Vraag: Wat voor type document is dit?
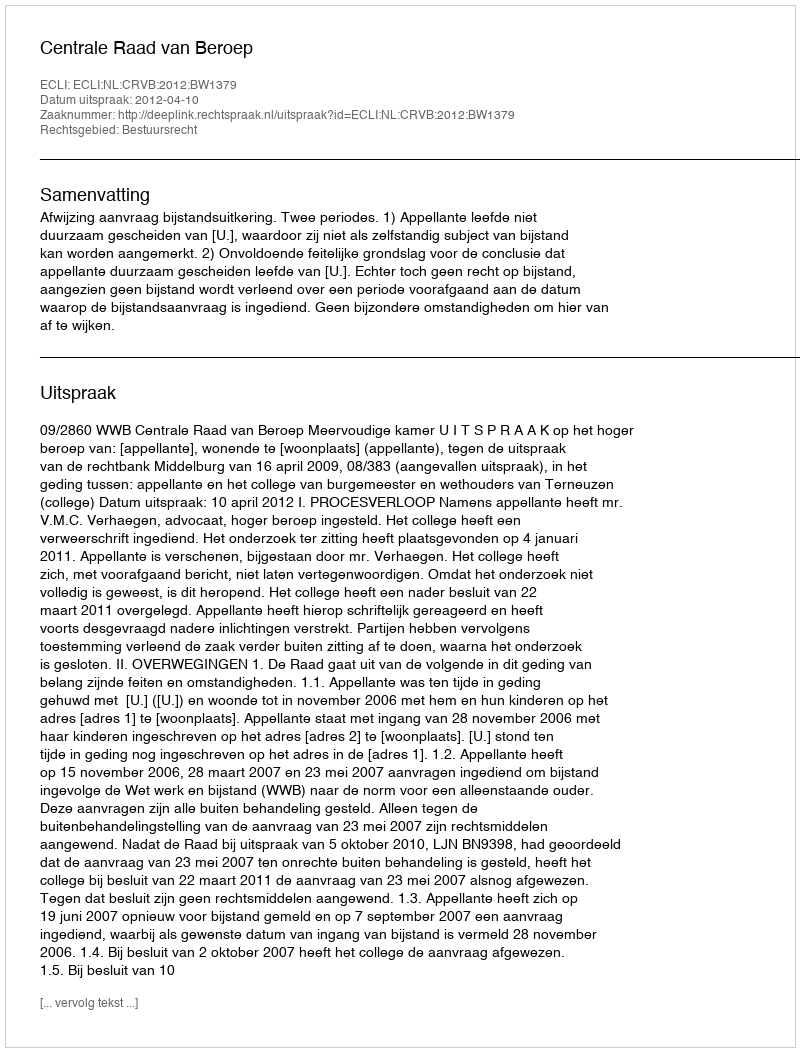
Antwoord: Uitspraak